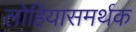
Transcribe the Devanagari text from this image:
लोहियासमर्थक